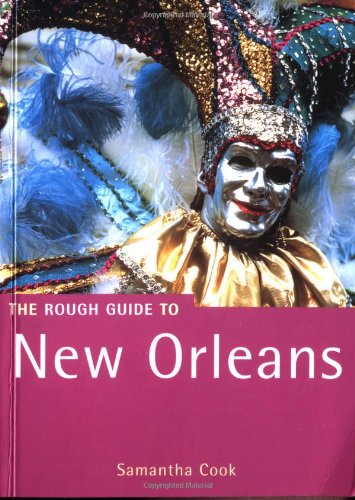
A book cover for The Rough Guide to New Orleans; Sam Cook; Travel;